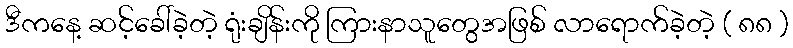
ဒီကနေ့ ဆင့်ခေါ်ခဲ့တဲ့ ရုံးချိန်းကို ကြားနာသူတွေအဖြစ် လာရောက်ခဲ့တဲ့ ( ၈၈ )